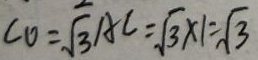
C O = \sqrt { 3 } A C = \sqrt { 3 } \times 1 = \sqrt { 3 }